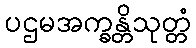
ပဌမအက္ခန္တိသုတ္တံ